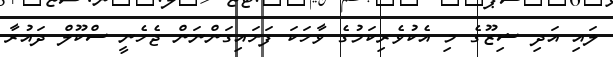
ލައި އަދި ޝިޒޫގެ މި އެކުވެރިކަމުގެ ވާހަކަ ފަށައިގަންނަން ޖެހެނީ ސްކޫލް ދައުރާ